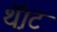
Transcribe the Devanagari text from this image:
थ़ॅाट